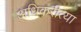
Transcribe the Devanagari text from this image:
अधिकरीत्या